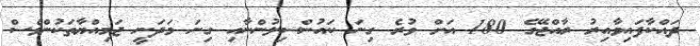
ދައްކާފައިވާއިރު ރާއްޖޭގެ 180 އަށް ވުރެ ގިނަ ކައުންސިލުންނާއި ގިނަ މަދަނީ ޖަމިއްޔާތަކުންވެސް